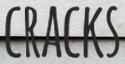
CRACKS